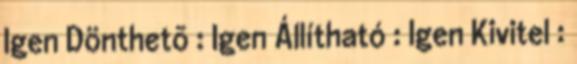
Igen Dönthetõ : Igen Állítható : Igen Kivitel :